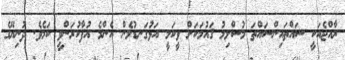
ރާއްޖެއަކީ ސައްތައިންސައްތަ މުސްލިމު ޤައުމަކަށް ވީކަމީ އަޅުގަނޑުމެން އެންމެ އުފާކުރަންވީ ކަމެވެ. ދުނިޔޭގެ